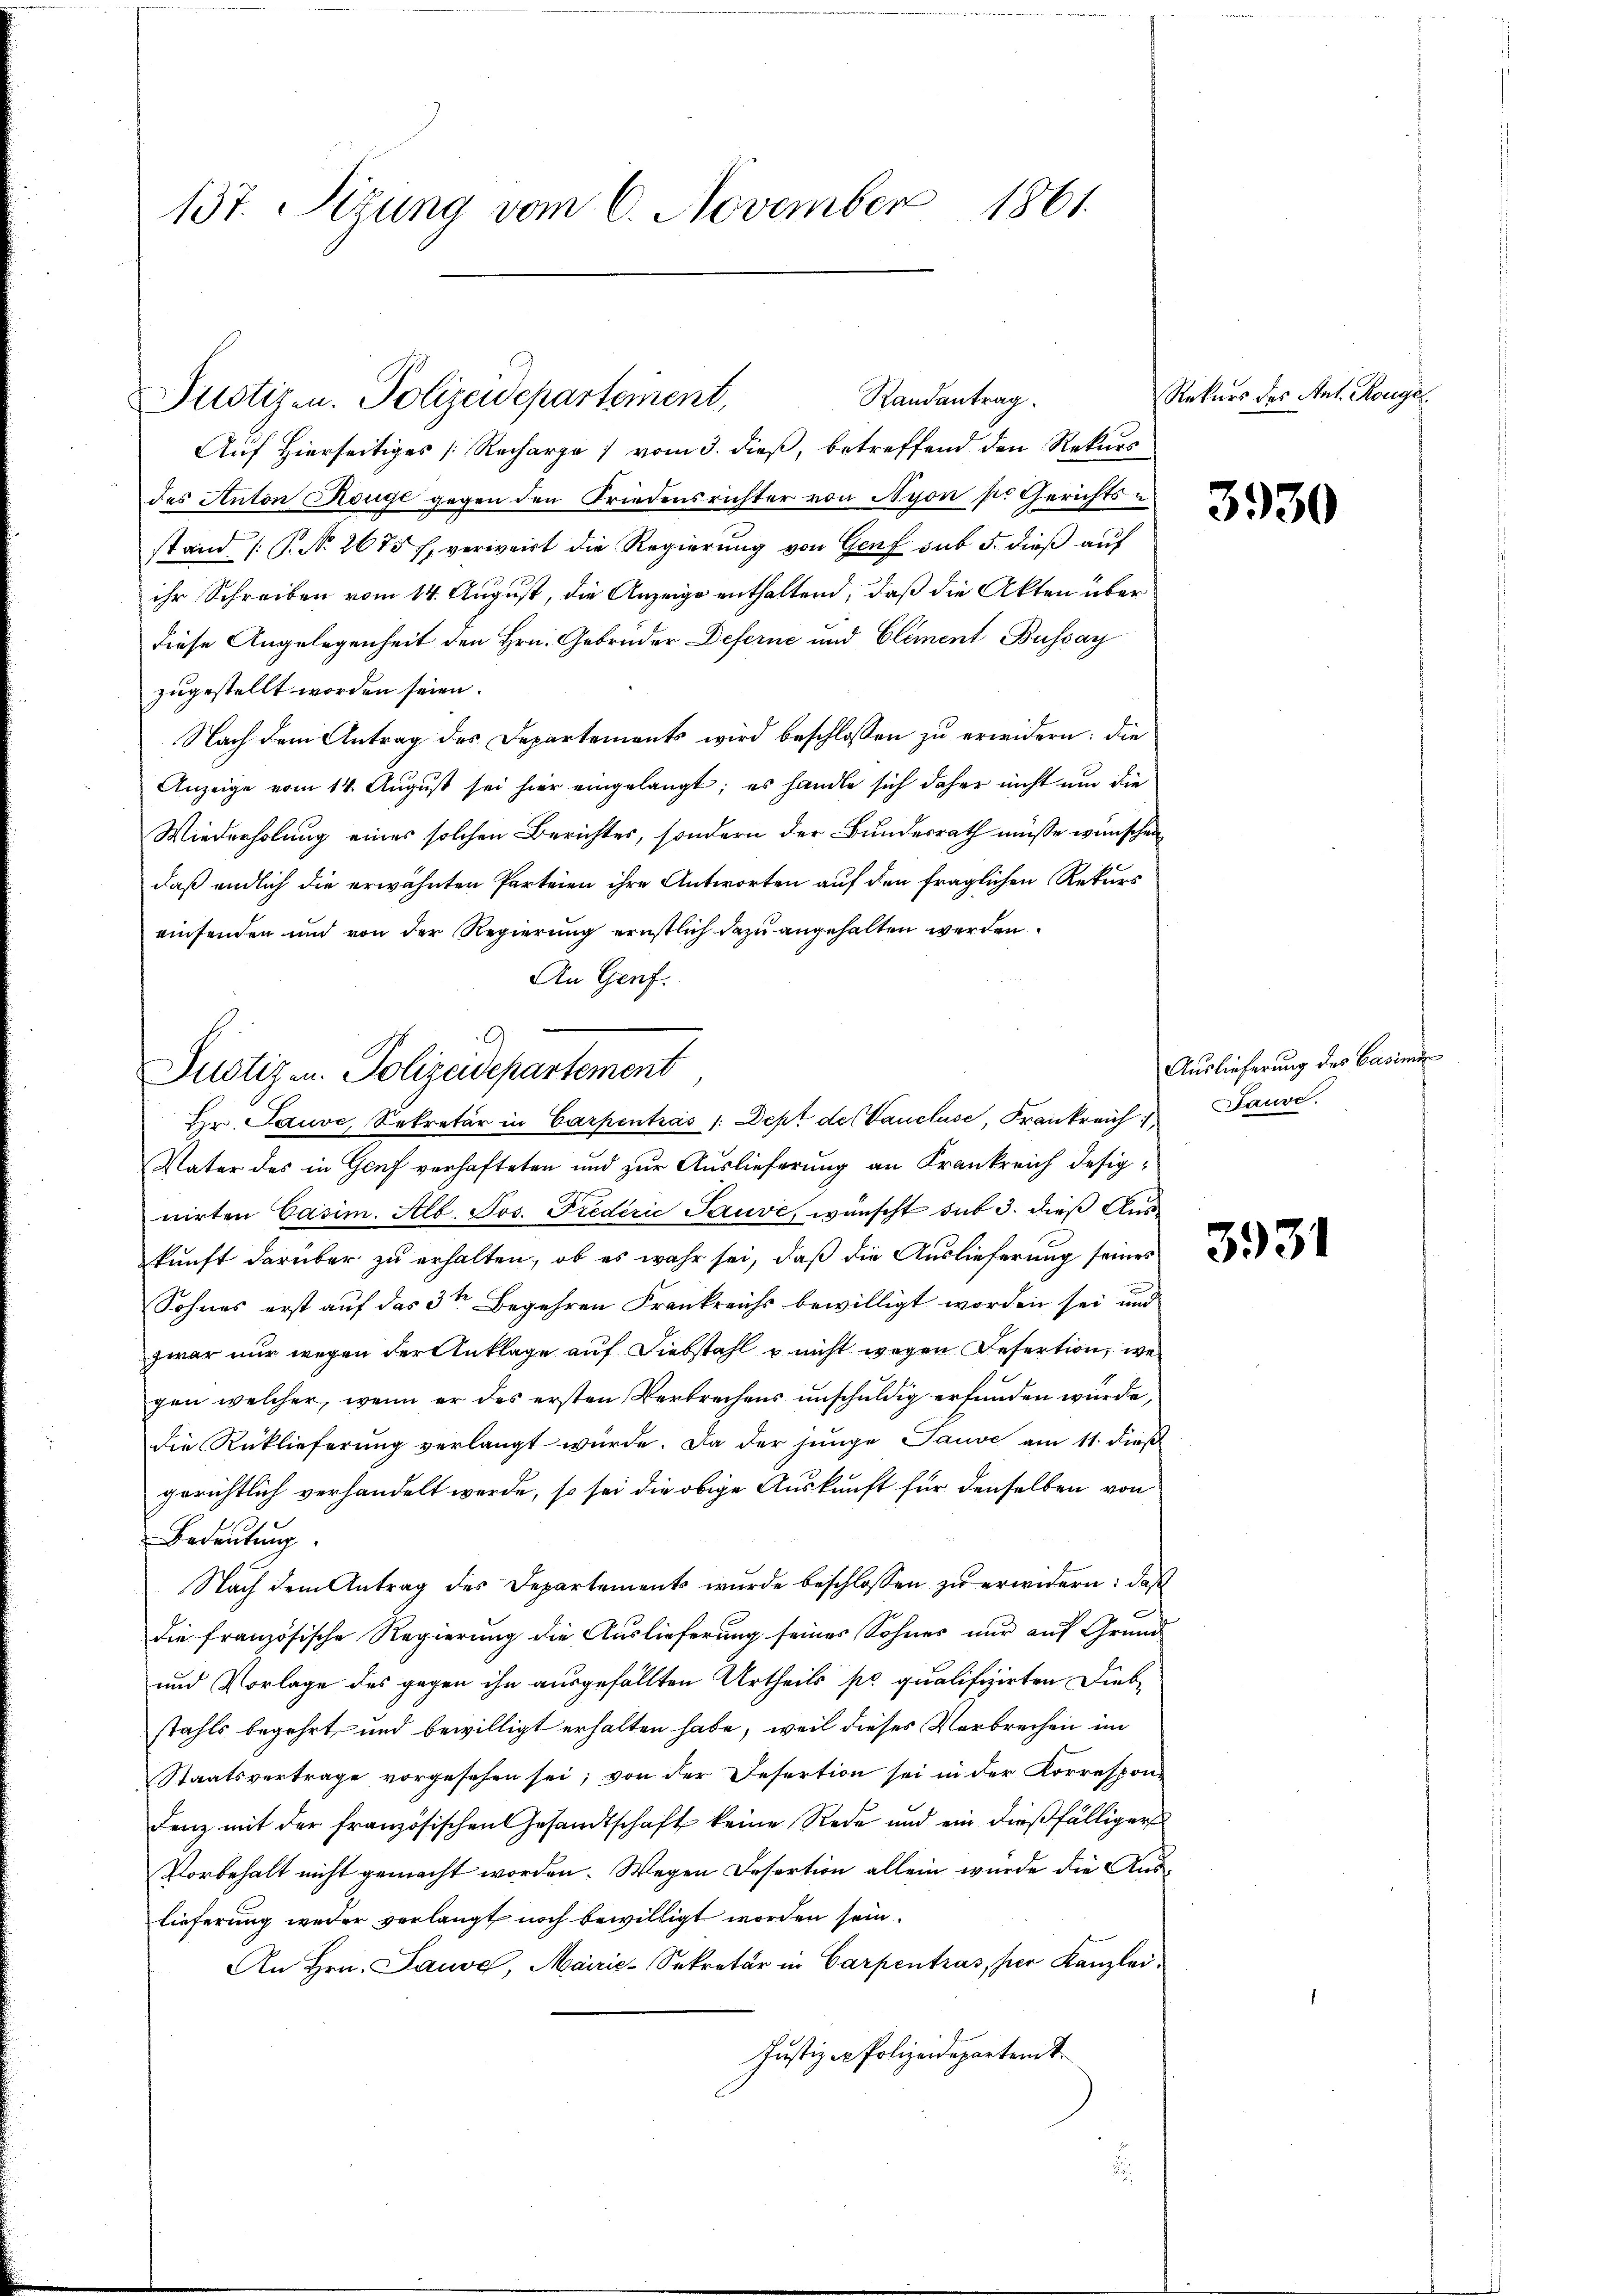
137. Seizung vom 6. November 1861.

Randantrag.
Justizen. Polizeidepartement,

Auf Hierseitiges [Recharge 1 vom 3. dieß, betreffend den Rekurs
des Anton Reuge gegen den Friedensrichter von Nyon per Gerichtsstand (T. N. 2675 f. verweit die Regierung von Genf sub 5. dieß auf
ihr Schreiben vom 14. August, die Anzeige enthaltend, daß die Akten über
diese Angelegenheit den Hrn. Gebrüder Deferne und Element Bussay
zugestellt worden seien.
Nach dem Antrag des Departements wird beschlossen zu erwidern: die
Anzeige vom 14. August sei hier eingelangt; es handle sich daher nicht und die
Wiederholung eines solchen Berichtes, sondern der Bundesrath müsse wünschen
daß endlich die erwähnten Parteien ihre Antworten auf den fraglichen Rekurs
einsenden und von der Regierung ernstlich dazu angehalten werden.
An Genf.
Vater des in Genf verhafteten und zur Auslieferung an Frankreich designirten Casim. Alb. Jos. Predérić Sauve, wünscht sub 3. dieß Auskŭnft darüber zŭ erhalten, ob es wahr sei, daβ die Auslieferŭng seiner
Sohnes erst auf das 3ten Begehren Frankreichs bewilligt worden sei und
zwar nur wegen der Anklage auf Diebstahl & nicht wegen Refertion, wel
gen welcher, wenn er des ersten Verbrechens unschuldig erfunden würde,
die Rücklieferung verlangt würde. Da der junge Tause am 11. dieß
gerichtlich verhandelt werde, so sei die obige Auskunft für denselben von
Bedeutung.
Nach dem Antrag des Departements wurde beschlossen zu erwidern: daß
die französische Regierung die Auslieferung seines Sohnes nur auf Grund
und Vorlage des gegen ihn ausgefällten Urtheils pr qualifizirten Diebstahls begehrt, und bewilligt erhalten habe, weil dieses Verbrechen im
Staatsvertrage vorgesehen sei; von der Desertion sei in der Korrespon-
Lanz mit der französischen Gesandtschaft keine Rede und ein dießfälliger
Vorbehalt nicht gemacht worden. Wegen Desertion allein wurde die Auslieferung weder verlangt noch bewilligt worden sein.
An Hrn. Pause, Mairie-Sekretär in Carpentras, für Kanzlei¬
Justiz - Polizeidepartent

Justizen. Polizeidepartement
Hr. Jauve, Sekretär in Carpentrás /: Dept de Vaucluse, Frankreich

Rekurs des Ant. Ronge

3930

Auslieferung des Casimi
Laure.